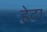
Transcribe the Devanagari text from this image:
हेटा